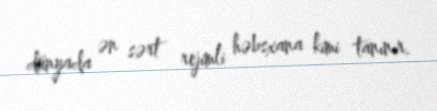
dünyada ən sərt rejimli həbsxana kimi tanınır.